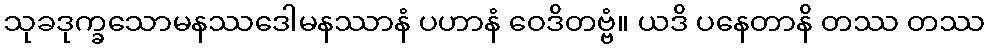
သုခဒုက္ခသောမနဿဒေါမနဿာနံ ပဟာနံ ဝေဒိတဗ္ဗံ။ ယဒိ ပနေတာနိ တဿ တဿ